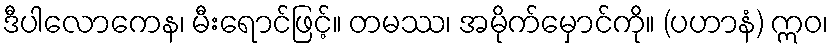
ဒီပါလောကေန၊ မီးရောင်ဖြင့်။ တမဿ၊ အမိုက်မှောင်ကို။ (ပဟာနံ) ဣဝ၊